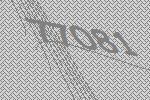
77081